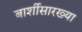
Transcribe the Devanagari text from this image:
बार्शीसारख्या